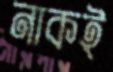
নাকই